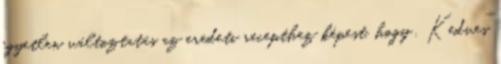
egyetlen változtatás az eredeti recepthez képest, hogy . Kedves